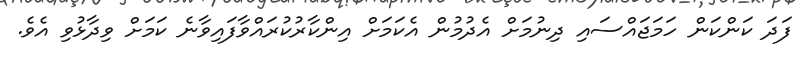
ފަދަ ކަންކަން ހަމަޖައްސައި ދިނުމަށް އެދުމުން އެކަމަށް އިންކާރުކުރައްވާފައިވާނެ ކަމަށް ވިދާޅުވި އެވެ.